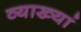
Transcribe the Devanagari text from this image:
व्याख्यां